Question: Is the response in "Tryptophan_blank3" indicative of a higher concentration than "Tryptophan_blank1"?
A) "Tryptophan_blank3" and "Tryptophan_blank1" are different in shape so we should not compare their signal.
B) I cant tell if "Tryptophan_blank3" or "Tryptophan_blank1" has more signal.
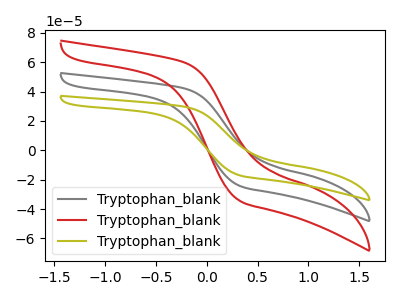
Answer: <think>The gray curve "Tryptophan_blank1" has no peaks. The red curve "Tryptophan_blank2" has no peaks. The olive curve "Tryptophan_blank3" has no peaks.
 Neither "Tryptophan_blank3" or "Tryptophan_blank1" have any peaks.</think>
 <answer>B) I cant tell if "Tryptophan_blank3" or "Tryptophan_blank1" has more signal.</answer>
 <eval>B</eval>